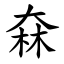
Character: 㚞